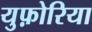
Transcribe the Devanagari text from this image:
युफ़ोरिया